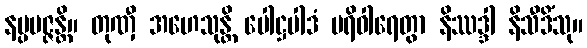
နပ္ပမဇ္ဇန္တိ။ တုဏှီ အဟေသုန္တိ ပေါဋ္ဌပါဒံ ပရိဝါရေတွာ နိဿဒ္ဒါ နိသီဒိံသု။